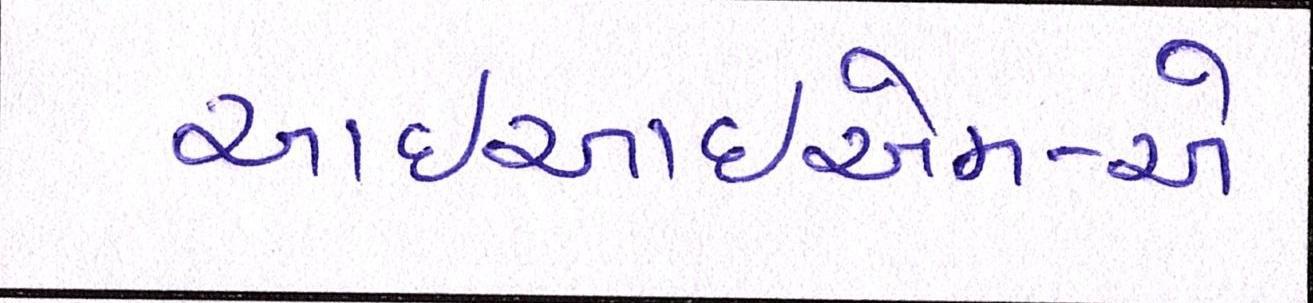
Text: આઇઆઇએમ-એ